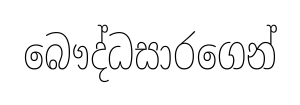
බෞද්ධසාරගෙන්